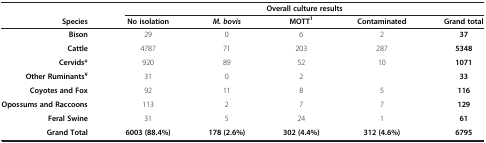
|  | <COLSPAN=5> Overall culture results |
 | Species | No isolation | M. bovis | MOTT1 | Contaminated | Grand total |
 | --- | --- | --- | --- | --- | --- |
 | Bison | 29 | 0 | 6 | 2 | 37 |
 | Cattle | 4787 | 71 | 203 | 287 | 5348 |
 | Cervids* | 920 | 89 | 52 | 10 | 1071 |
 | Other Ruminants¥ | 31 | 0 | 2 |  | 33 |
 | Coyotes and Fox | 92 | 11 | 8 | 5 | 116 |
 | Opossums and Raccoons | 113 | 2 | 7 | 7 | 129 |
 | Feral Swine | 31 | 5 | 24 | 1 | 61 |
 | Grand Total | 6003 (88.4%) | 178 (2.6%) | 302 (4.4%) | 312 (4.6%) | 6795 |